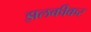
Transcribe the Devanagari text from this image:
झलकीकर